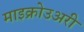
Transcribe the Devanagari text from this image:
माइक्रोउअरी